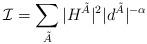
LaTeX: \begin{align*}\mathcal{I}=\sum_{\tilde{A}}|H^{\tilde{A}}|^2|d^{\tilde{A}}|^{-\alpha}\end{align*}